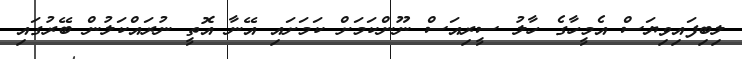
ލިބިފައިވިޔަސް އެމީހާގެ ހާލު ސީރިއަސް ނޫންކަމަށް ކަމަށައި އޭނާ އޮތީ ނުރައްކަލުން ބޭރުގައި